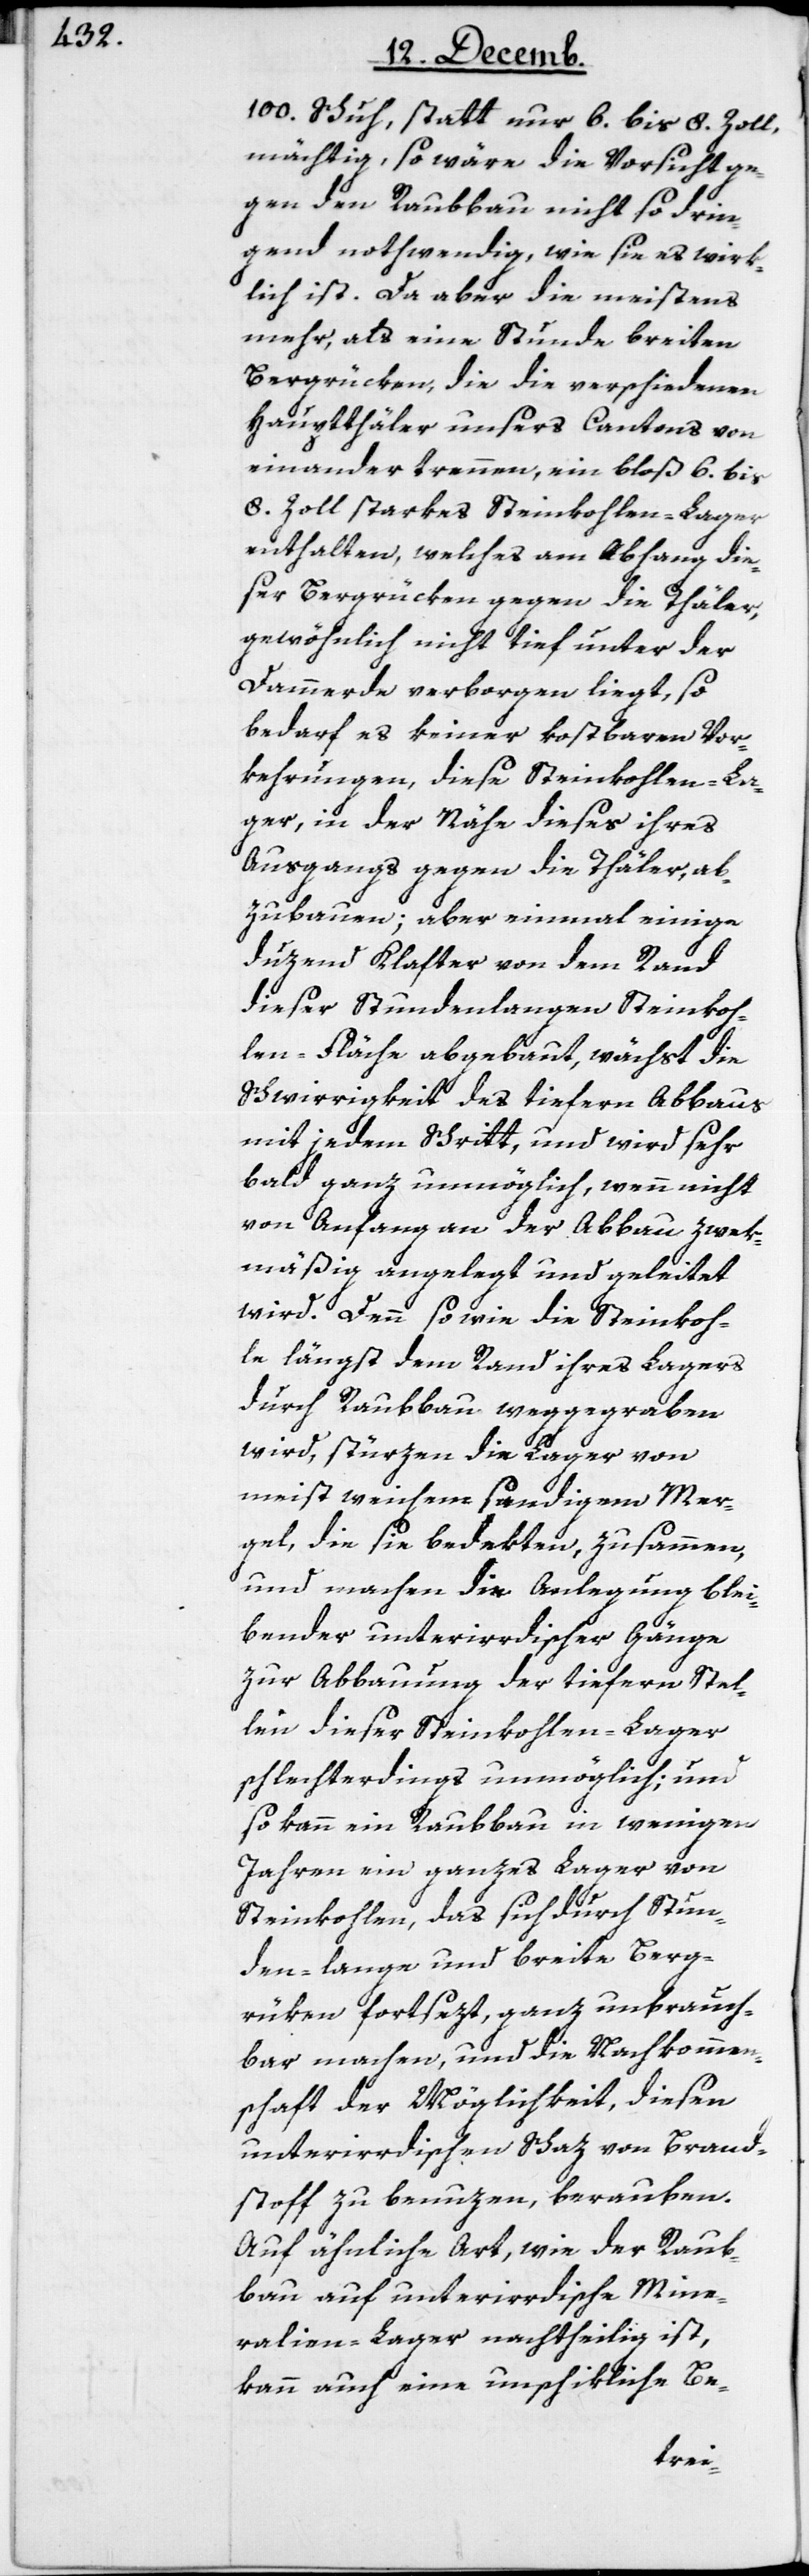
100. Schuh statt nur 6. bis 8. Zoll
mächtig, so wäre die Vorsicht ge¬
gen den Raubbau nicht so drin¬
gend nothwendig, wie sie es wirk¬
lich ist. Da aber die meistens
mehr, als eine Stunde breiten
Bergrücken, die die verschiedenen
Hauptthäler unsers Cantons von
einander trennen, ein bloß 6. bis
8. Zoll starkes Steinkohlen-Lager
enthalten, welches am Abhang die¬
ser Bergrücken gegen die Thäler,
gewöhnlich nicht tief unter der
Dammerde verborgen liegt, so
bedarf es keiner kostbaren Vor¬
kehrungen, diese Steinkohlen-La¬
ger, in der Nähe dieses ihres
Ausgangs gegen die Täler, ab¬
zubauen, aber einmahl einige
duzend Klafter von dem Rand
dieser Stundenlangen Steinkoh¬
len-Fläche abgebaut, wächst die
Schwierigkeit des tiefern Abbaus
mit jedem Schritt, und wird sehr
bald ganz unmöglich, wenn nicht
von Anfang an der Abbau zwek¬
mäßig angelegt und geleitet
wird. Denn so wie die Steinkoh¬
le längst dem Rand ihres Lagers
durch Raubbau weggegraben
wird, stürzen die Lager von
meist weichem sandigem Mer¬
gel, die sie bedekten, zusammen,
und machen die Anlegung blei¬
bender unterirdischer Gänge
zur Abbauung der tiefern Stel¬
len dieser Steinkohlen-Lager
schlechterdings unmöglich; und
so kann ein Raubbau in wenigen
Jahren ein ganzes Lager von
Steinkohlen, das sich durch Stun¬
den-lange und breite Berg¬
rüken fortsezt, ganz unbrauch¬
bar machen, und die Nachkommen¬
schaft der Möglichkeit, diesen
unterirdischen Schaz von Brand¬
stoff zu benuzen, berauben.
Auf ähnliche Art, wie der Raub¬
bau auf unterirdische Mine¬
ralien-Lager nachtheilig ist,
kann auch eine unschikliche Be-